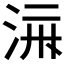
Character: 𱦛